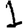
Digit: 1